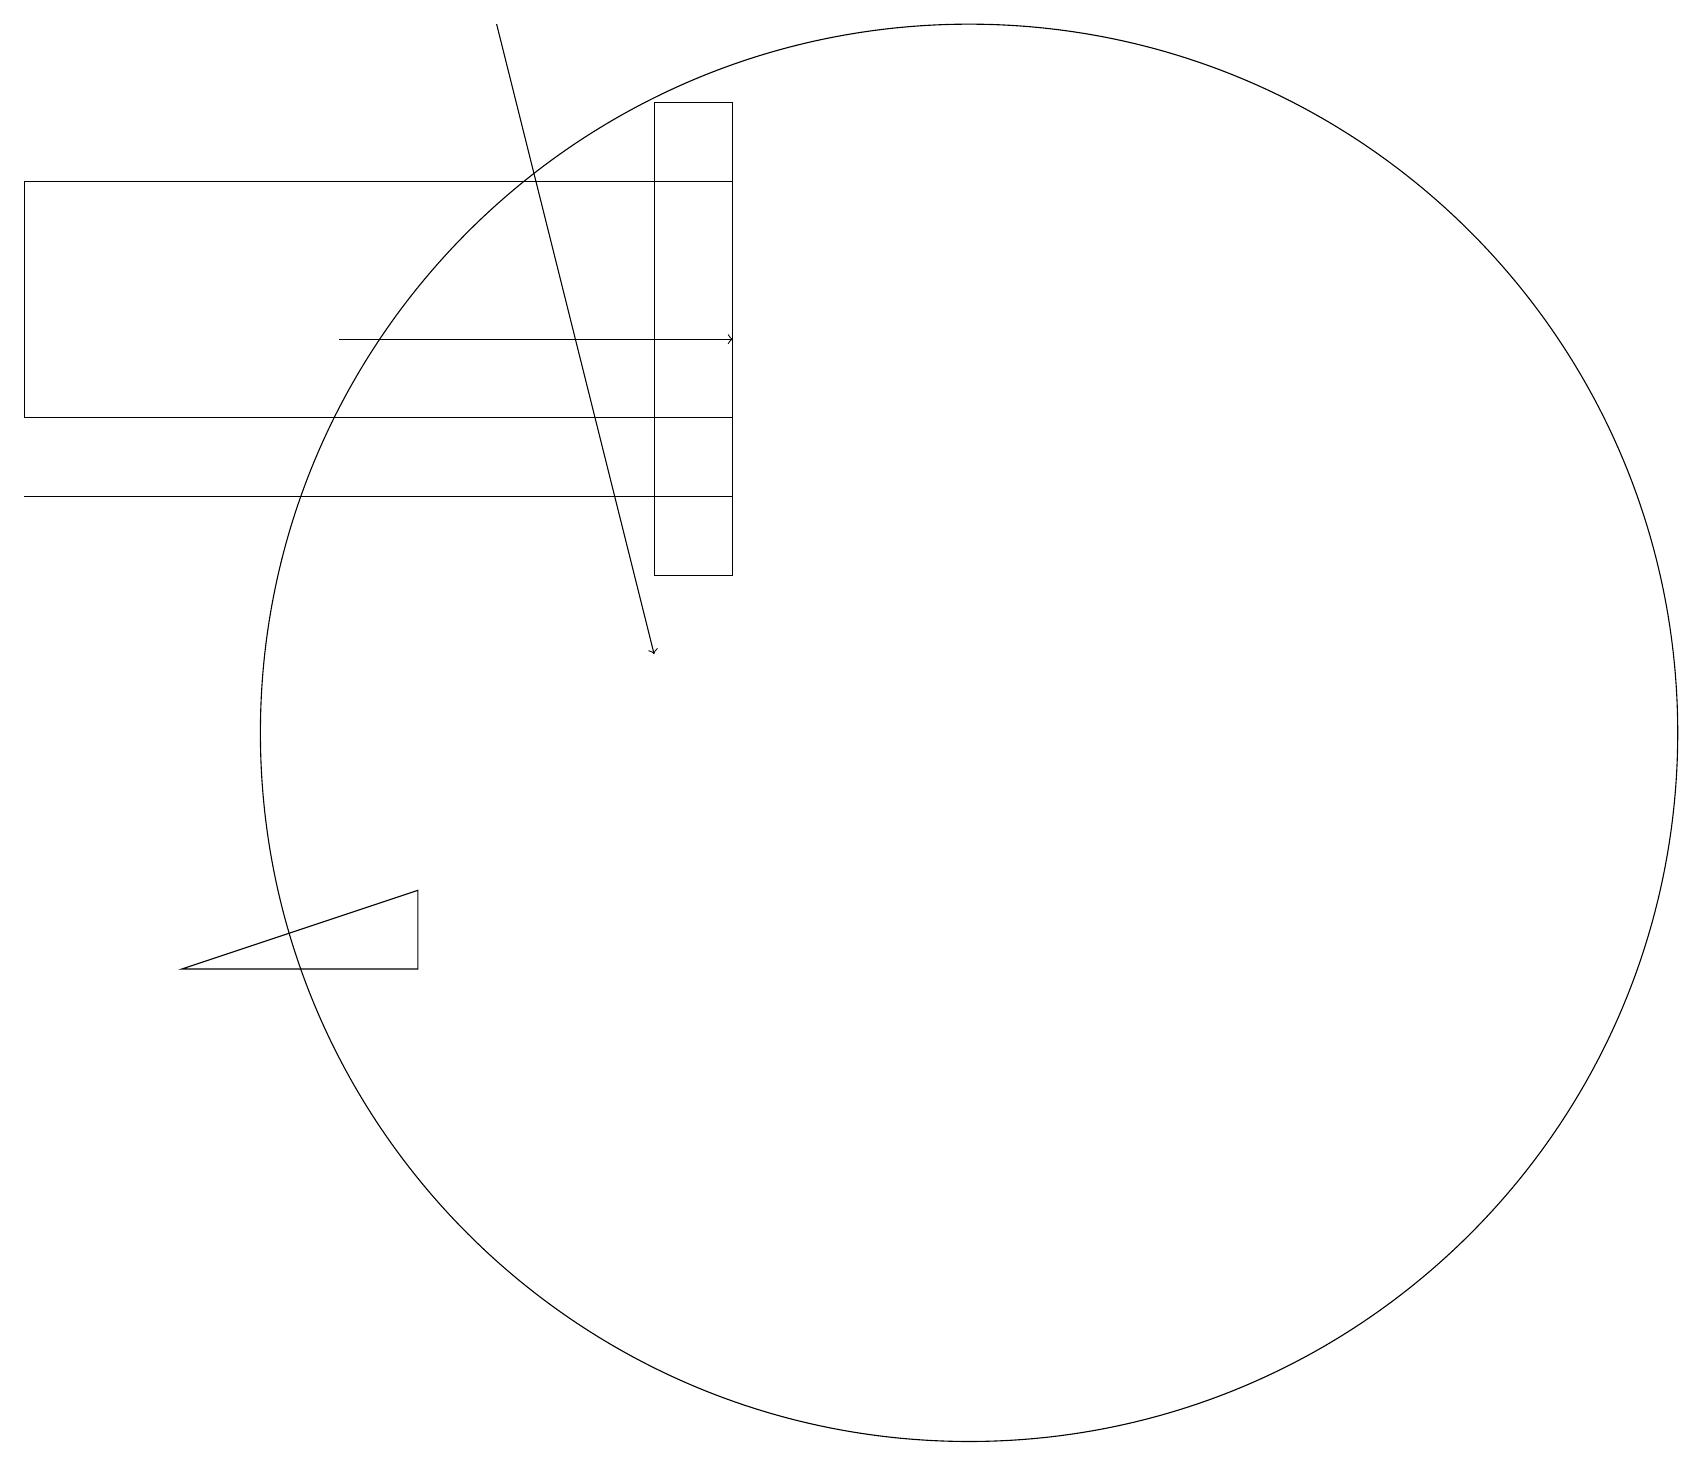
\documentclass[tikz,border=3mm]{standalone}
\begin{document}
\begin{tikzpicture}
\draw (2,7) -- (5,7) -- (5,8) -- cycle;
\draw (9,12) rectangle (8,18);
\draw (0,17) rectangle (9,14);
\draw (12,10) circle (9);
\draw[->] (6,19) -- (8,11);
\draw (9,13) rectangle (0,13);
\draw[->] (4,15) -- (9,15);
\draw (10,11) circle (0);
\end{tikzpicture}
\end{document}